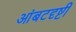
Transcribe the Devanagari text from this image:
आंबटदृष्टी